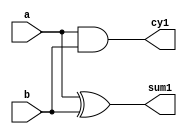
module ha(input a,b,output sum1,cy1);
assign sum1=a^b;
assign cy1=a&b;
endmodule